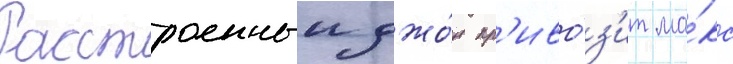
Расстроенныи джо́н пр'иво́з'ит ма́кс